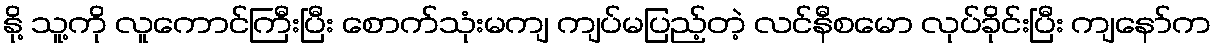
နို့ သူ့ကို လူကောင်ကြီးပြီး စောက်သုံးမကျ ကျပ်မပြည့်တဲ့ လင်နီစမော လုပ်ခိုင်းပြီး ကျနော်က